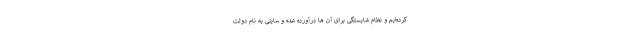
کرده‌ایم و نظام شایستگی برای ‌آن ها درآورده شده و سایتی به نام دولت